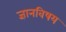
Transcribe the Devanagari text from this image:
ज्ञानविषय